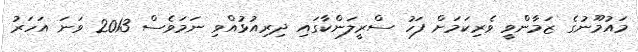
މައުމޫނުގެ ޒަމާންވީ ވެރިކަމަށް ފަހު ސްރީލަންކާގައި ދިރިއުޅުއްވި ނަމަވެސް 2013 ވަނަ އަހަރު